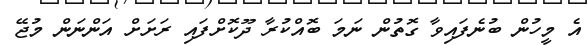
އެ މީހުން ބުނެފައިވާ ގޮތުން ނަމަ ބޮއްކުރާ ދޫކޮށްފައި ރަށަށް އަންނަން މުޖޭ